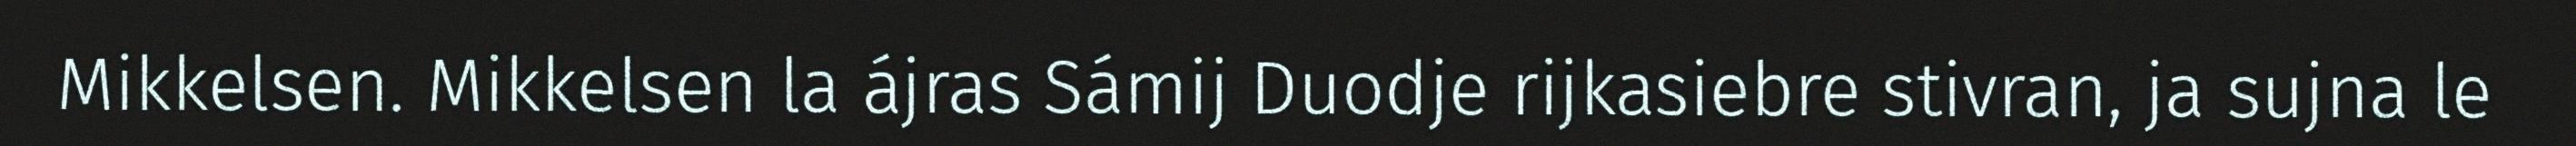
Mikkelsen. Mikkelsen la ájras Sámij Duodje rijkasiebre stivran, ja sujna le